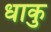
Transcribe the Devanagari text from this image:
धाकु